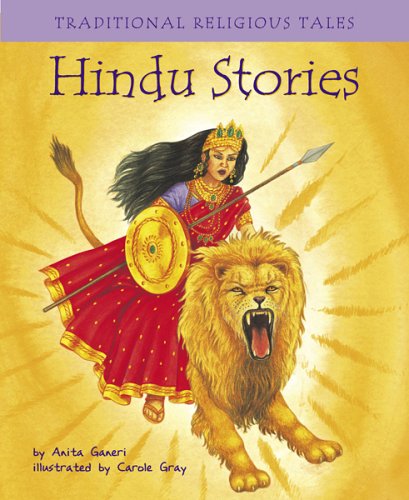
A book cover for Hindu Stories (Traditional Religious Tales); Anita Ganeri; Children's Books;